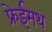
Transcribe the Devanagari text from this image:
फ्रेईमथ